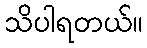
သိပါရတယ်။